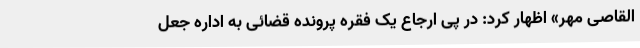
القاصی مهر» اظهار کرد: در پی ارجاع یک فقره پرونده قضائی به اداره جعل